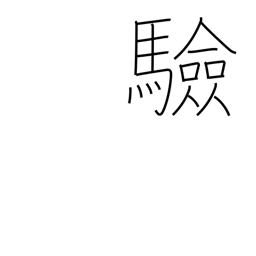
Meaning: testing